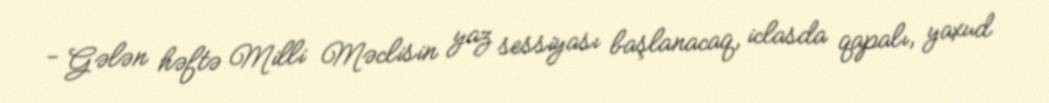
- Gələn həftə Milli Məclisin yaz sessiyası başlanacaq, iclasda qapalı, yaxud